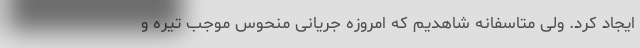
ایجاد کرد. ولی متاسفانه شاهدیم که امروزه جریانی منحوس موجب تیره و